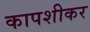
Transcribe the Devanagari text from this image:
कापशीकर